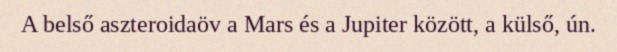
A belső aszteroidaöv a Mars és a Jupiter között, a külső, ún.